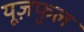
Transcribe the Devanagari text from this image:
यूज़फुल